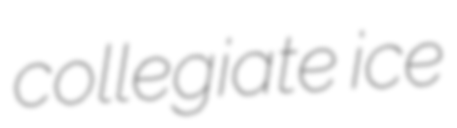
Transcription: collegiate ice